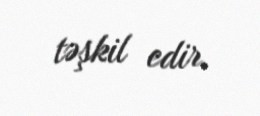
təşkil edir.